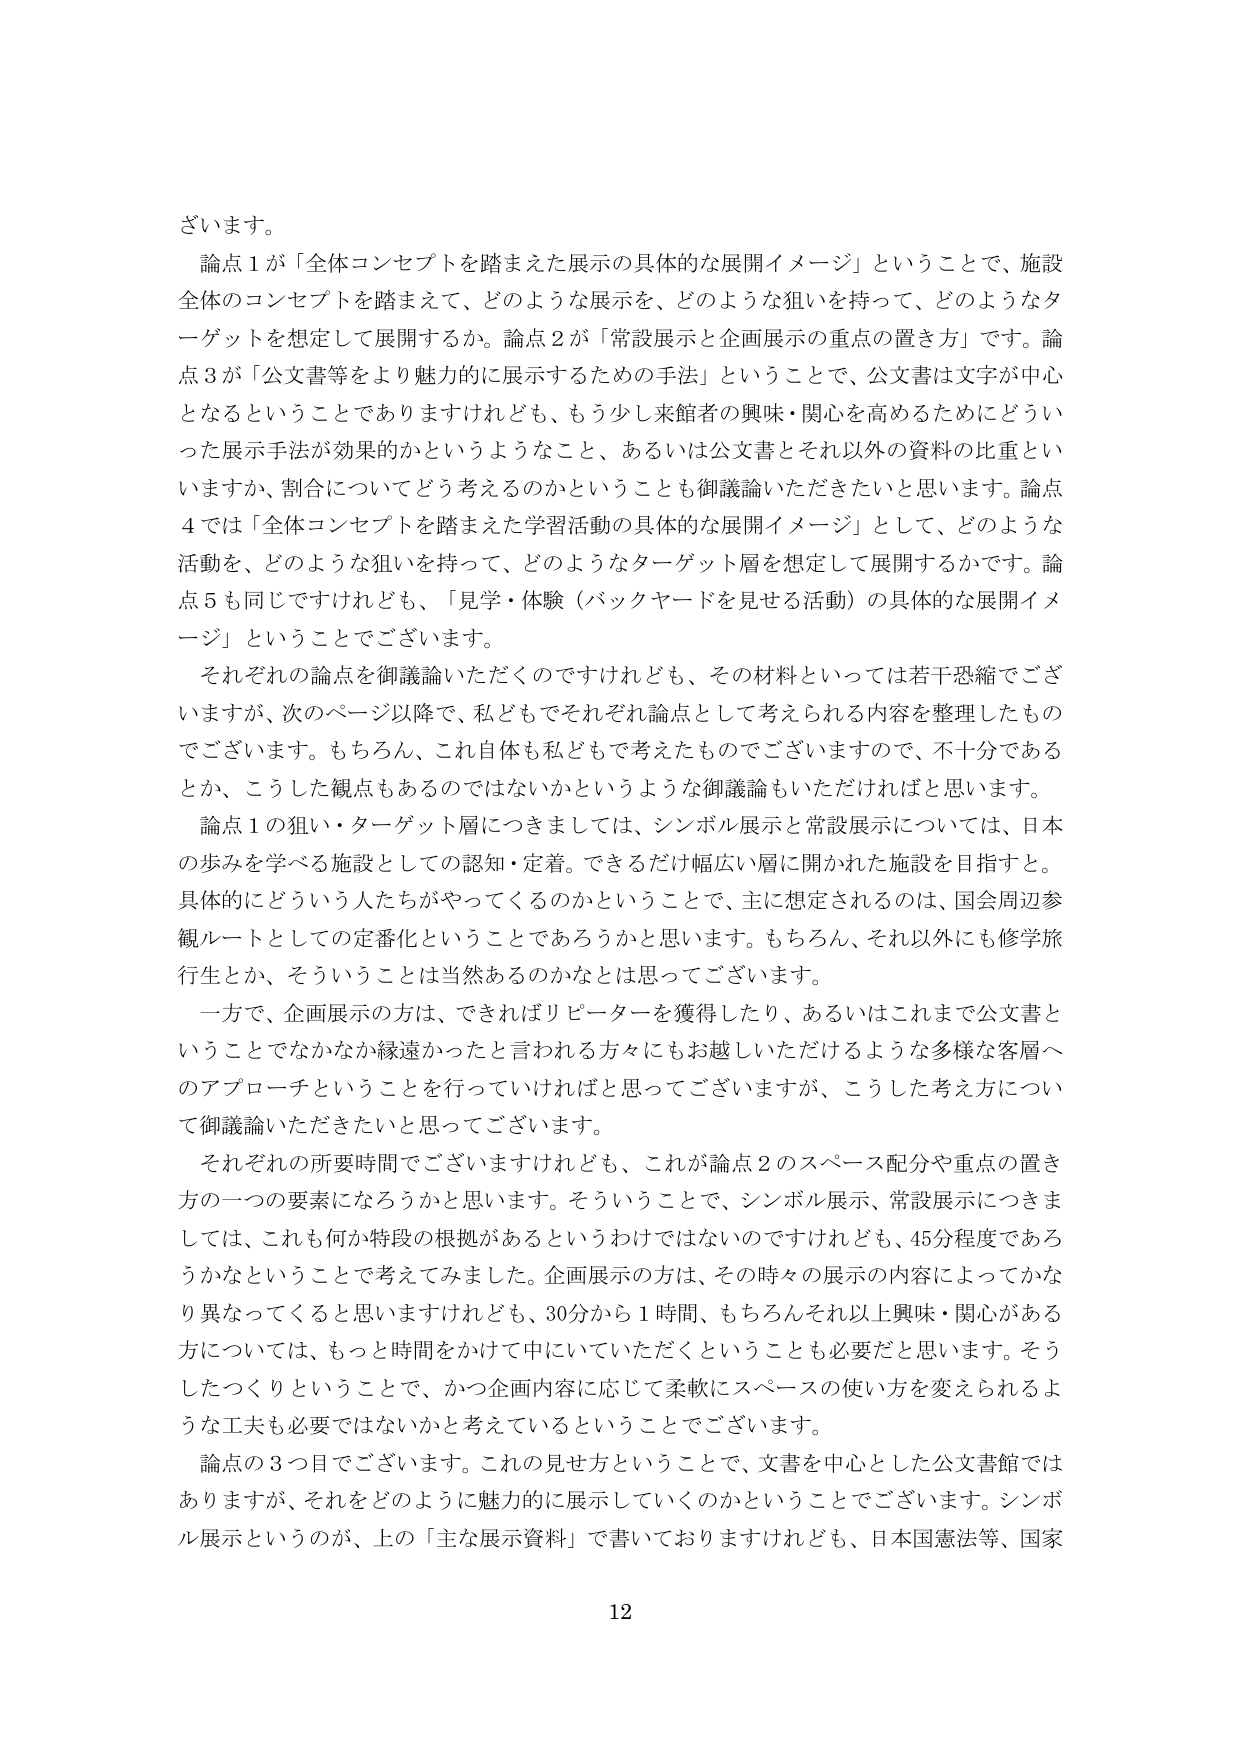
ざいます。

論点１が「全体コンセプトを踏まえた展示の具体的な展開イメージ」ということで、施設全体のコンセプトを踏まえて、どのような展示を、どのような狙いを持って、どのようなターゲットを想定して展開するか。論点２が「常設展示と企画展示の重点の置き方」です。論点３が「公文書等をより魅力的に展示するための手法」ということで、公文書は文字が中心となるということではありますがけれども、もう少し来館者の興味・関心を高めるためにどういった展示手法が効果的かというようなこと、あるいは公文書とそれ以外の資料の比重といいますか、割合についてどう考えるのかということも御議論いただきたいと思います。論点４では「全体コンセプトを踏まえた学習活動の具体的な展開イメージ」として、どのような活動を、どのような狙いを持って、どのようなターゲット層を想定して展開するかです。論点５も同じですけれども、「見学・体験（バックヤードを見せる活動）の具体的な展開イメージ」ということでございます。

それぞれの論点を御議論いただくのですけれども、その材料といっては若干恐縮でございますが、次のページ以降で、私どもでそれぞれ論点として考えられる内容を整理したものでございます。もちろん、これ自体も私どもで考えたものでございますので、不十分であるとか、こうした観点もあるのではないかというような御議論もいただければと思います。

論点１の狙い・ターゲット層につきましては、シンボル展示と常設展示については、日本の歩みを学べる施設としての認知・定着。できるだけ幅広い層に開かれた施設を目指すと。具体的にどういう人たちがやってくるのかということで、主に想定されるのは、国会周辺参観ルートとしての定番化ということであろうかと思います。もちろん、それ以外にも修学旅行生とか、そういうことは当然あるのかなとは思ってございます。

一方で、企画展示の方は、できればリピーターを獲得したり、あるいはこれまで公文書ということでなかなか縁遠かったと言われる方々にもお越しいただけるような多様な客層へのアプローチということを行っていければと思ってございますが、こうした考え方について御議論いただきたいと思ってございます。

それぞれの所要時間でございますけれども、これが論点２のスペース配分や重点の置き方の一つの要素になるろうかと思います。そういうことで、シンボル展示、常設展示につきましては、これも何か特段の根拠があるというわけではないですけれども、45分程度であろうかなということで考えてみました。企画展示の方は、その時々の展示の内容によってかなり異なってくると思いますけれども、30分から１時間、もちろんそれ以上興味・関心がある方については、もっと時間をかけて中にいていただくということも必要だと思います。そうしたつくりということで、かつ企画内容に応じて柔軟にスペースの使い方を変えられるような工夫も必要ではないかと考えているということでございます。

論点の３つ目でございます。この見せ方ということで、文書を中心とした公文書館ではありますが、それをどのように魅力的に展示していくのかということでございます。シンボル展示というのが、上の「主な展示資料」で書いておりますけれども、日本国憲法等、国家

12